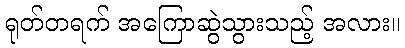
ရုတ်တရက် အကြောဆွဲသွားသည့် အလား။